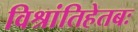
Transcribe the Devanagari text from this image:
विश्रांतिहेतबः